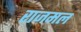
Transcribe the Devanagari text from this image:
राजमल